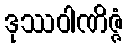
ဒုဿဝါဏိဇ္ဇံ